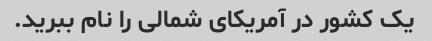
یک کشور در آمریکای شمالی را نام ببرید.